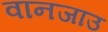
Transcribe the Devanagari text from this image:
वानजाउ